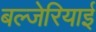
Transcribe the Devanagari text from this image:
बल्जेरियाई